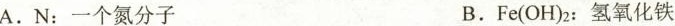
A.N：一个氮分子 B.Fe(OH)_{2}：氢氧化铁